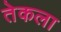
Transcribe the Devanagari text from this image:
तेकला